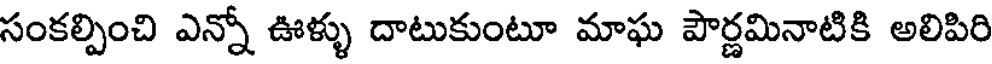
సంకల్పించి ఎన్నో ఊళ్ళు దాటుకుంటూ మాఘ పౌర్ణమినాటికి అలిపిరి